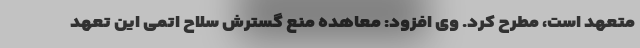
متعهد است، مطرح کرد. وی افزود: معاهده منع گسترش سلاح اتمی این تعهد